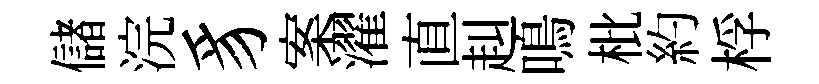
儲浣豸案濯直赳鳴枇約桴